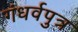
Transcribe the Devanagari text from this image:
गंधर्वपुत्र